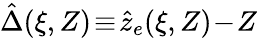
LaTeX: \hat{\Delta}(\xi,Z)\! \equiv\! \hat{z}_{e}(\xi,Z)\! -\! Z